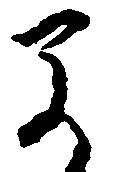
早